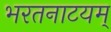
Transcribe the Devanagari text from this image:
भरतनाटयम्